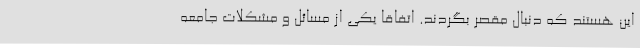
این هستند که دنبال مقصر بگردند. اتفاقا یکی از مسائل و مشکلات جامعه